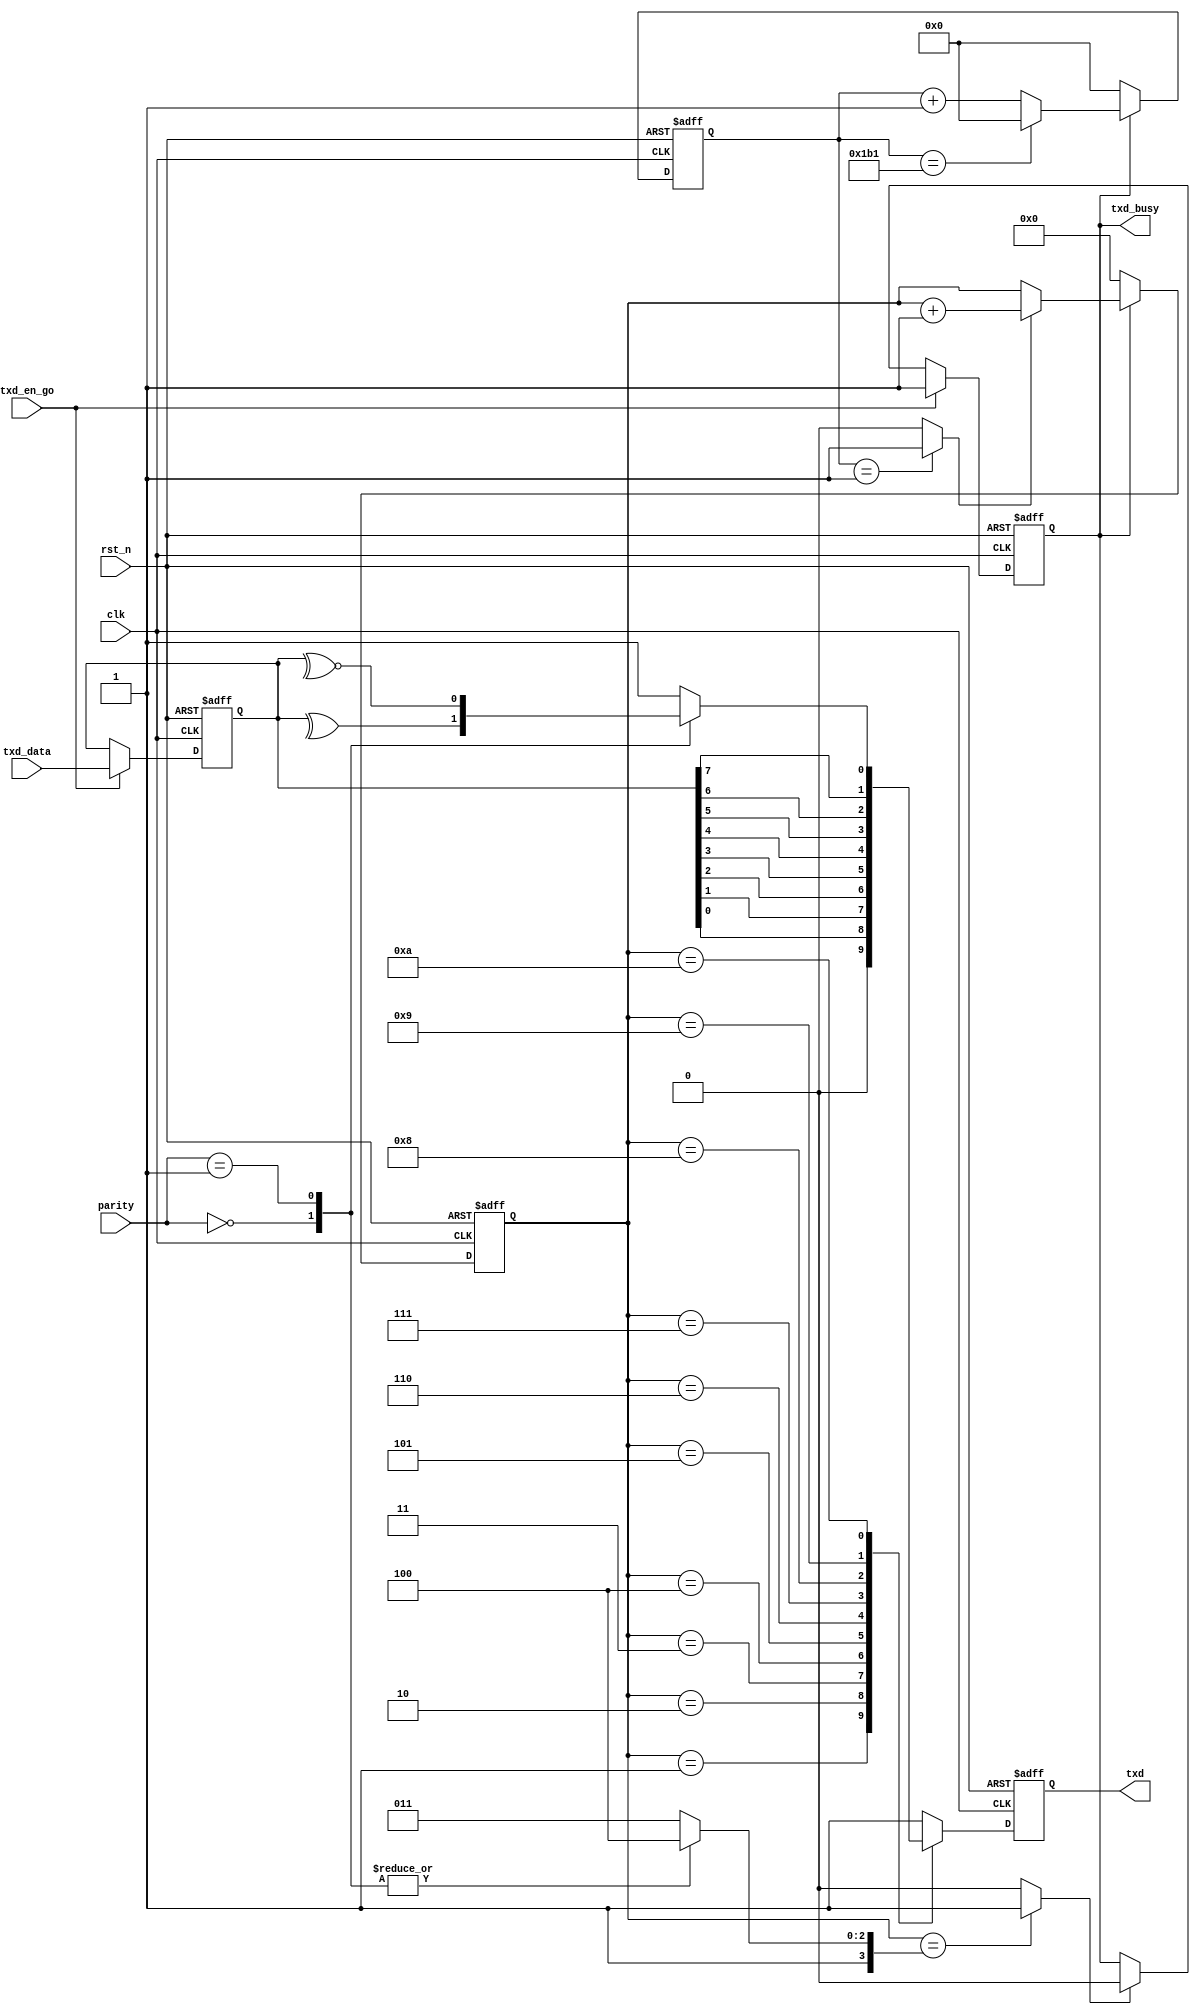
module uart_txd(
	clk,
	rst_n,
	txd_data,
	txd_en_go,
	parity,
	txd,
	txd_busy
);
	input 		clk;
	input 		rst_n;
	input [7:0] txd_data;
	input 		txd_en_go;
	input [1:0] parity;
	output 		txd;
	output 		txd_busy;
	
	localparam BAUD = 115200;
	localparam SYS_FREQ = 50_000_000;
	localparam BAUD_DR = SYS_FREQ / BAUD;	
	
	localparam P_EVEN = 2'b00;
	localparam P_ODD  = 2'b01;
	localparam P_NONE = 2'b10;
	
	
	reg [3:0] r_bit_width;
	always@(*) begin
		case(parity)
		P_EVEN : r_bit_width = 4'd12;
		P_ODD  : r_bit_width = 4'd12;
		P_NONE : r_bit_width = 4'd11;
		default :r_bit_width = 4'd11;
		endcase
	end
	
	
	reg [7:0] r_txd_data;
	always@(posedge clk or negedge rst_n) begin
		if(!rst_n)
			r_txd_data <= 8'd0;
		else if(txd_en_go == 1'b1)
			r_txd_data <= txd_data;
		else 
			r_txd_data <= r_txd_data;
	end
	
	
	reg r_txd_en;
	reg [3:0] r_bit_cnt;
	wire w_txd_end;
	
	always@(posedge clk or negedge rst_n) begin
		if(!rst_n)
			r_txd_en <= 1'b0;
		else if(txd_en_go == 1'b1)
			r_txd_en <= 1'b1;
		else if(w_txd_end == 1'b1)
			r_txd_en <= 1'b0;
		else
			r_txd_en <= r_txd_en;
	end
	
	assign txd_busy = r_txd_en;
	assign w_txd_end = (r_bit_cnt == r_bit_width) ? 1'b1 : 1'b0;
	

	reg [$clog2(BAUD_DR)-1:0] r_baud_cnt;
	
	always@(posedge clk or negedge rst_n) begin
		if(!rst_n)
			r_baud_cnt <= 'd0;
		else if(r_txd_en == 1'b1) begin
			if(r_baud_cnt == BAUD_DR - 1)
				r_baud_cnt <= 'd0;
			else
				r_baud_cnt <= r_baud_cnt + 1'b1;
		end
		else
			r_baud_cnt <= 'd0;
	end
	wire w_bps_clk;
	assign w_bps_clk = (r_baud_cnt == 1'b1) ? 1'b1:1'b0;
	

	always@(posedge clk or negedge rst_n) begin
		if(!rst_n)
			r_bit_cnt <= 4'd0;
		else if(r_txd_en == 1'b1) begin
			if(w_bps_clk == 1'b1)
				r_bit_cnt <= r_bit_cnt + 1'b1;
			else
				r_bit_cnt <= r_bit_cnt;
		end
		else
			r_bit_cnt <= 4'd0;
	end
	
	
	reg r_txd;
	always@(posedge clk or negedge rst_n) begin
		if(!rst_n) begin
			r_txd <= 1'b1;
		end
		else begin
			case(r_bit_cnt)
				0: begin r_txd <= 1'b1; end
				1: begin r_txd <= 1'b0; end
				2: begin r_txd <= r_txd_data[0]; end
				3: begin r_txd <= r_txd_data[1]; end
				4: begin r_txd <= r_txd_data[2]; end
				5: begin r_txd <= r_txd_data[3]; end
				6: begin r_txd <= r_txd_data[4]; end
				7: begin r_txd <= r_txd_data[5]; end
				8: begin r_txd <= r_txd_data[6]; end
				9: begin r_txd <= r_txd_data[7]; end
				10: begin
					case(parity)
						P_EVEN : r_txd <= ^r_txd_data;
						P_ODD  : r_txd <= ~^r_txd_data;
						P_NONE : r_txd <= 1'b1;
						default: r_txd <= 1'd1;
					endcase
				end
				11: begin r_txd <= 1'd1; end
				12: begin r_txd <= 1'd1; end
				default:begin r_txd <= 1'd1; end
			endcase
		end
	end
	
	assign txd = r_txd;
	
	
endmodule